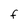
Character: F